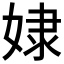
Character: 𡝯